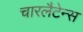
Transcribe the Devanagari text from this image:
चारलैटेन्स